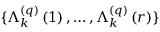
\{ \Lambda _ { k } ^ { \left( q \right) } \left( 1 \right) , \ldots , \Lambda _ { k } ^ { \left( q \right) } \left( r \right) \}